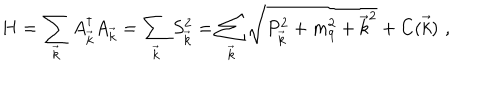
H = \sum _ { \vec { k } } A _ { \vec { k } } ^ { \dagger } A _ { \vec { k } } = \sum _ { \vec { k } } S _ { \vec { k } } ^ { 2 } = \sum _ { \vec { k } } \sqrt { P _ { \vec { k } } ^ { 2 } + m _ { q } ^ { 2 } + { \vec { k } } ^ { 2 } } + C ( \vec { k } ) \, \, ,